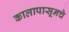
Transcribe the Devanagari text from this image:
कालापासूनचे